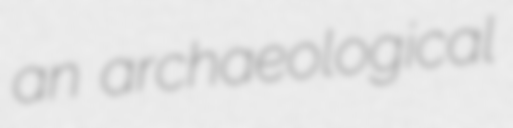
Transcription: an archaeological